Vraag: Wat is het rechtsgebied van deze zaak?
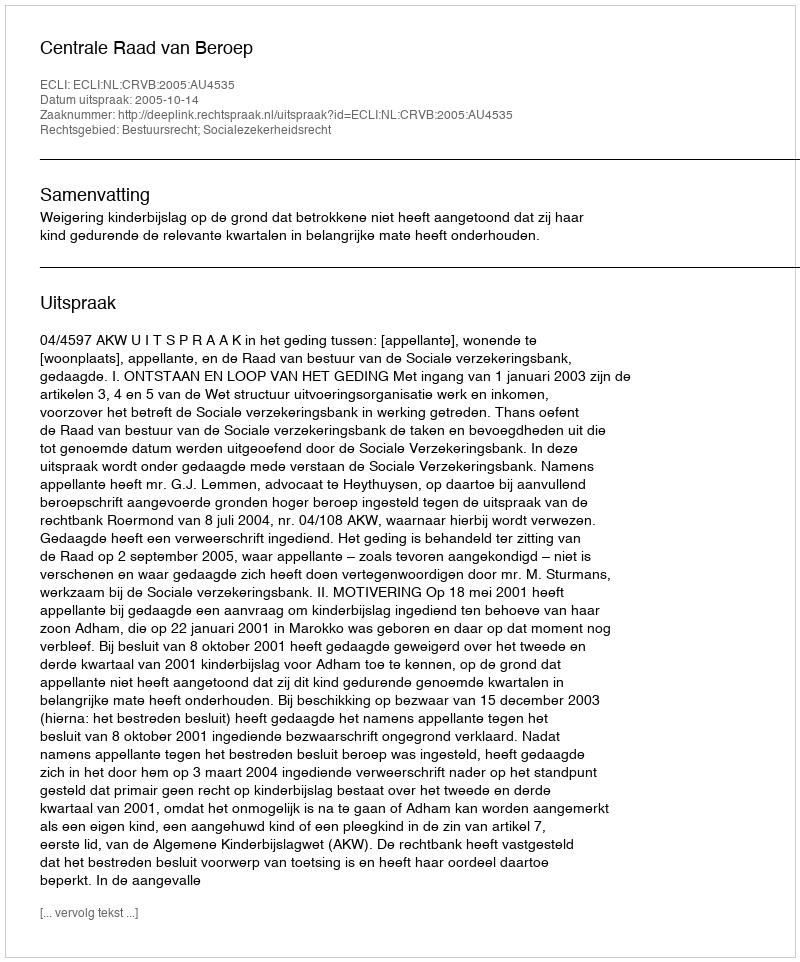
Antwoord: Bestuursrecht; Socialezekerheidsrecht